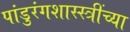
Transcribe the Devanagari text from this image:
पांडुरंगशास्स्त्रींच्या